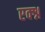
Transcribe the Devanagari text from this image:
एक्श्न